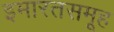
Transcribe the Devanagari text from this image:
इमारतसमूह